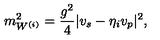
m _ { W ^ { ( i ) } } ^ { 2 } = \frac { g ^ { 2 } } { 4 } | v _ { s } - \eta _ { i } v _ { p } | ^ { 2 } ,